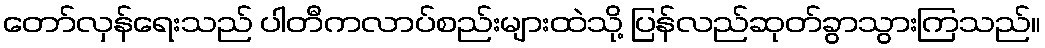
တော်လှန်ရေးသည် ပါတီကလာပ်စည်းများထဲသို့ ပြန်လည်ဆုတ်ခွာသွားကြသည်။